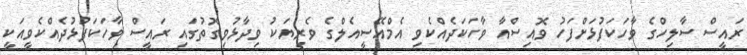
ރައީސް ސާލިހްގެ ވާހަކަފުޅަށްފަހު ވޮއިސްއާ ވާހަކަދެއްކެވި އެމްއޭސީއެލްގެ ވެރިޔަކު ވިދާޅުވިގޮތުގައި ރައީސް ވާހަކަފުޅުދެއްކެވީއަކީ